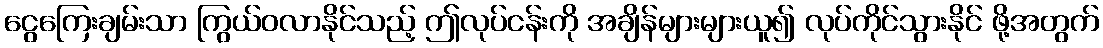
ငွေကြေးချမ်းသာ ကြွယ်ဝလာနိုင်သည့် ဤလုပ်ငန်းကို အချိန်များများယူ၍ လုပ်ကိုင်သွားနိုင် ဖို့အတွက်